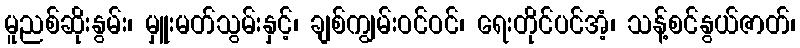
မူညစ်ဆိုးနွမ်း၊ မှူးမတ်သွမ်းနှင့်၊ ချစ်ကျွမ်းဝင်ဝင်၊ ရေးတိုင်ပင်အံ့၊ သန့်စင်နွယ်ဇာတ်၊